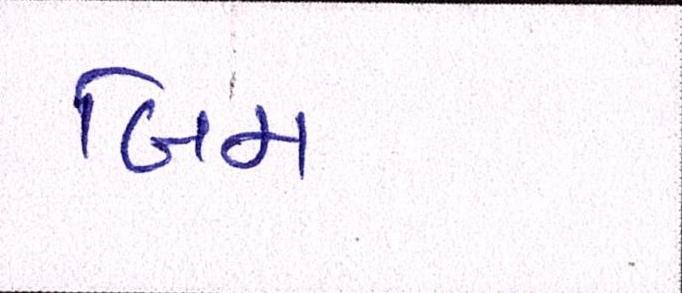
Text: બિમ